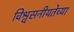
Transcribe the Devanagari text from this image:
विश्वसनीयतेच्या